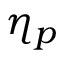
\eta _ { p }